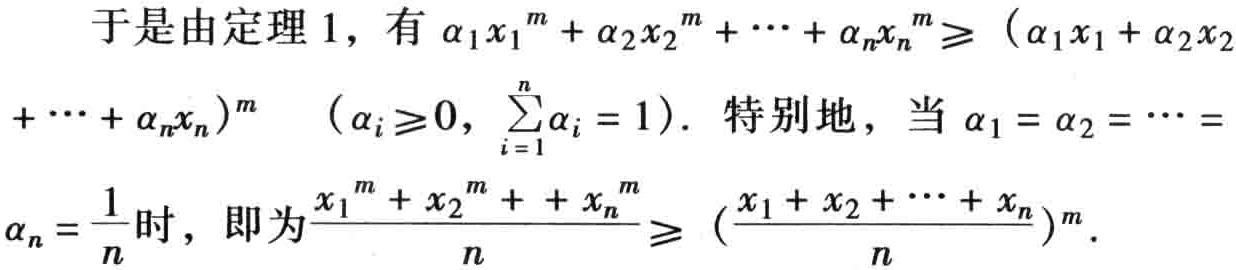
于是由定理 1，有 \(\alpha_1 x_1^m + \alpha_2 x_2^m + \cdots + \alpha_n x_n^m \geq (\alpha_1 x_1 + \alpha_2 x_2 + \cdots + \alpha_n x_n)^m\quad (\alpha_i \geq 0, \sum_{i = 1}^{n} \alpha_i = 1)\). 特别地，当 \(\alpha_1 = \alpha_2 = \cdots = \alpha_n = \frac{1}{n}\) 时，即为 \(\frac{x_1^m + x_2^m + \cdots + x_n^m}{n} \geq (\frac{x_1 + x_2 + \cdots + x_n}{n})^m\).